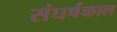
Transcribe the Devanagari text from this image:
संघर्षकाल